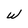
Character: W